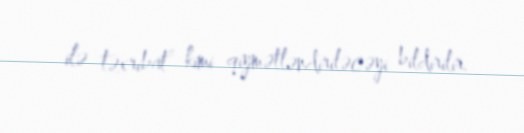
ilə təxribat” kimi qiymətləndiriləcəyi bildirilir.